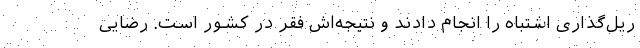
ریل‌گذاری اشتباه را انجام دادند و نتیجه‌اش فقر در کشور است. رضایی